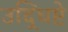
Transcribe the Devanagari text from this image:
उद्धिष्टे